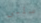
سلبى